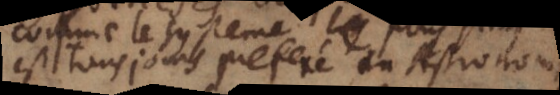
est tousjours preferé en Astronomie.